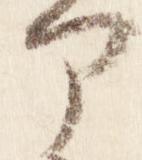
部